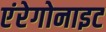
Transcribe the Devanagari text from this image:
एंरेगोनाइट